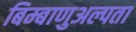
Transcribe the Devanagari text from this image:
बिम्बाणुअल्पता